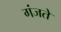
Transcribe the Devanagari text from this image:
गंजते